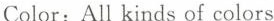
Color: All kinds of colors